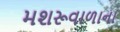
મશરૂવાળાના